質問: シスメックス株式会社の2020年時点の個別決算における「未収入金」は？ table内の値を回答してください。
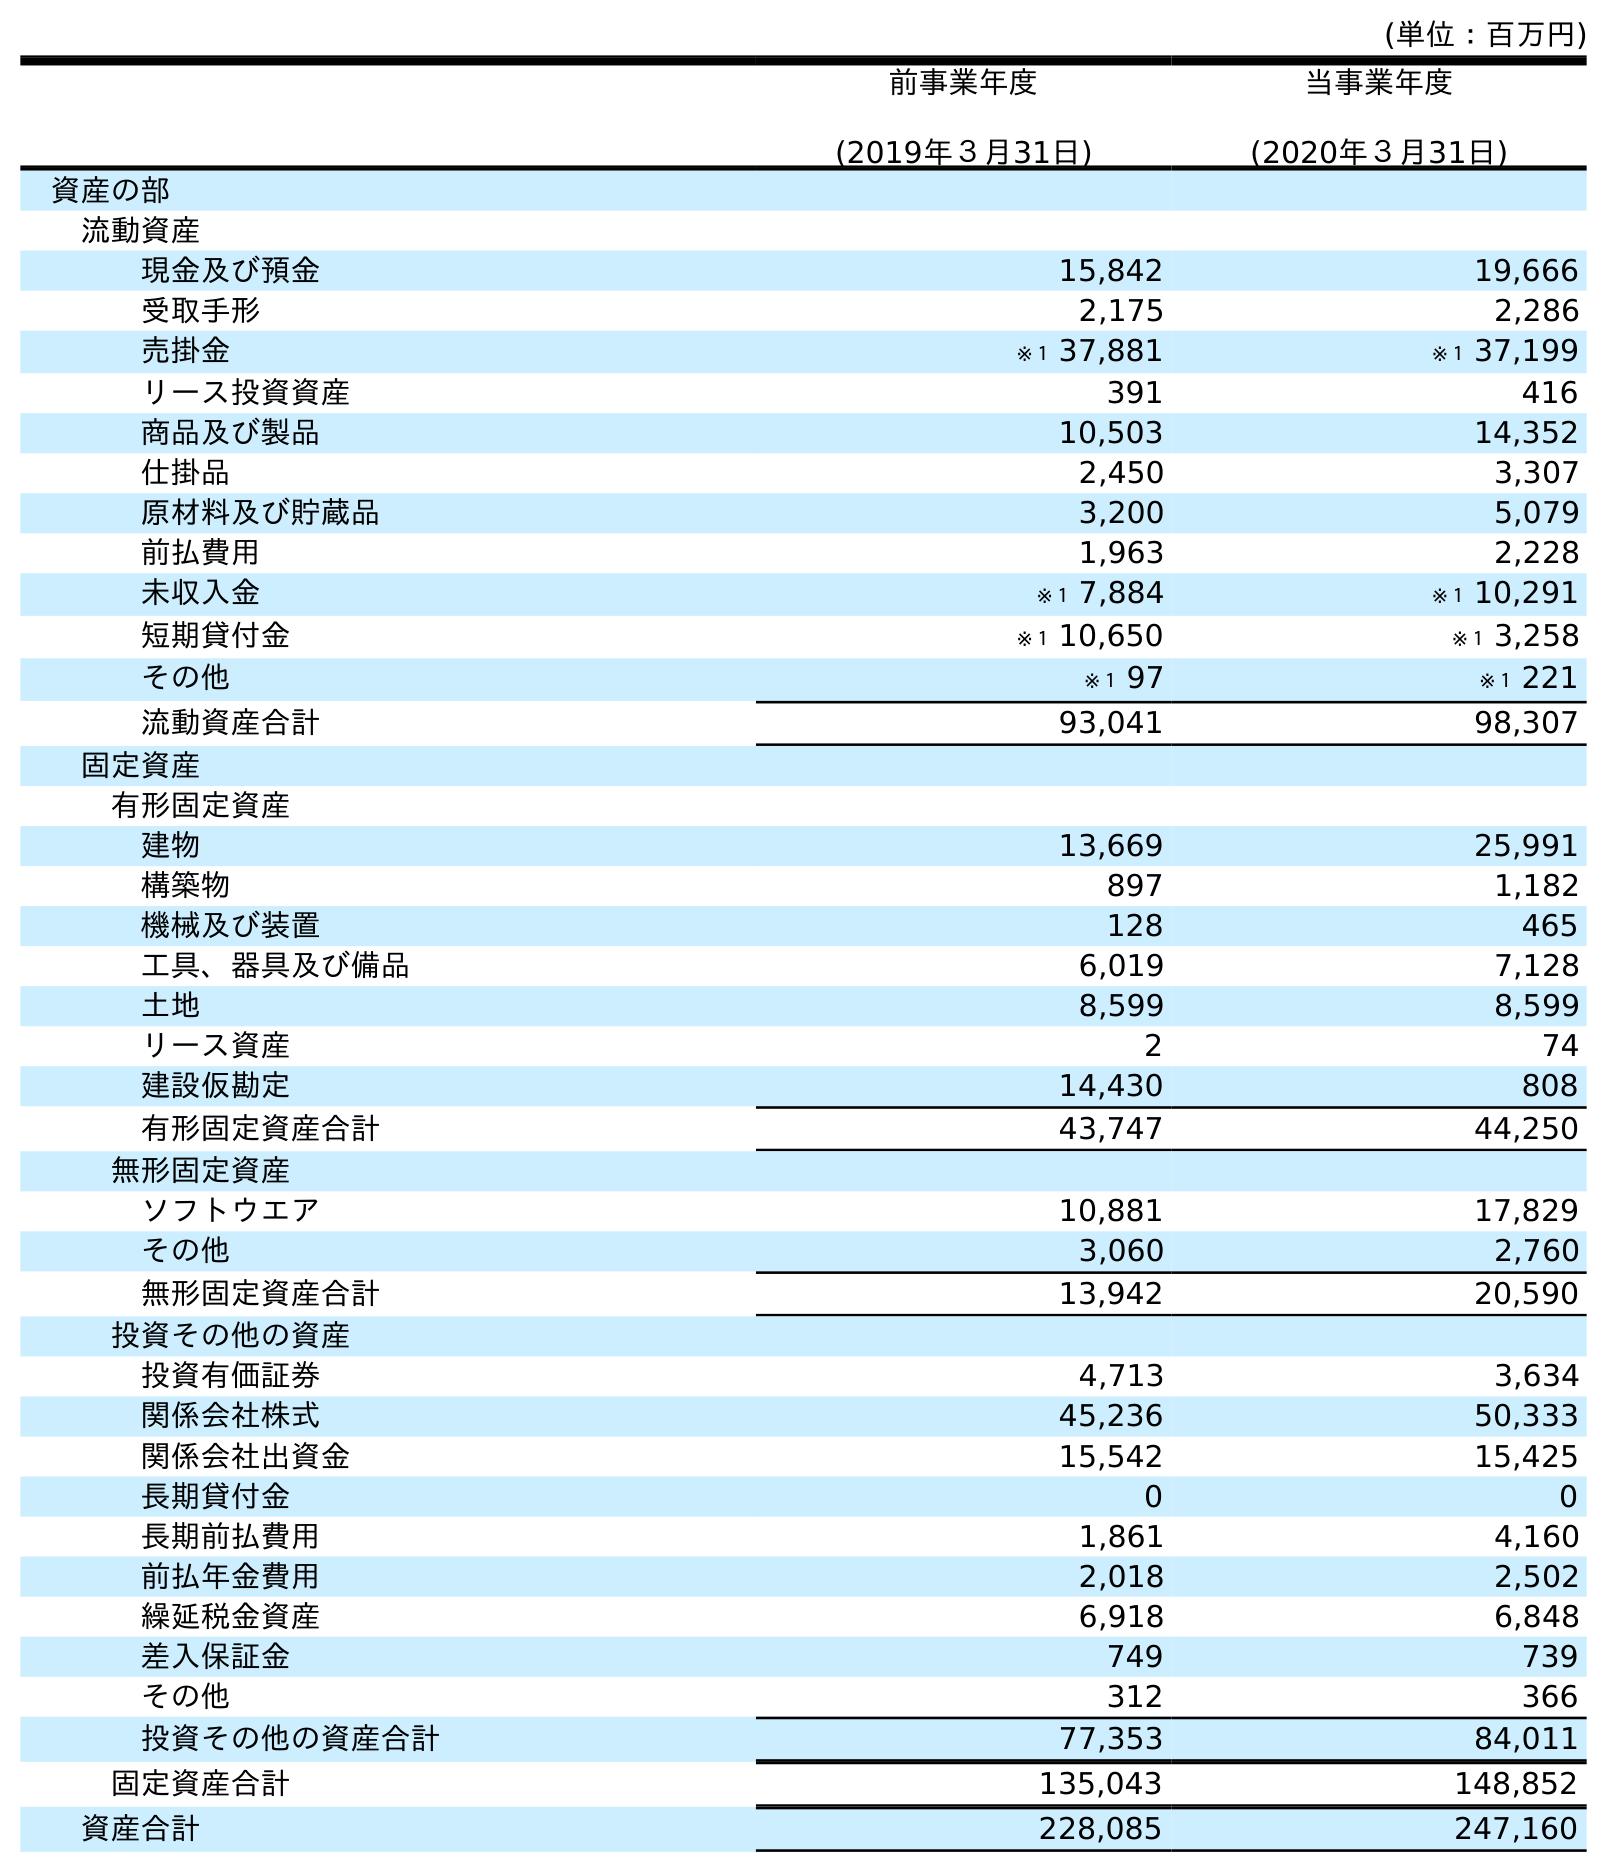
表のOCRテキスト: (単位：百万円) 前事業年度 (2019年３月31日) 当事業年度 (2020年３月31日) 資産の部 流動資産 現金及び預金 15,842 19,666 受取手形 2,175 2,286 売掛金 ※１ 37,881 ※１ 37,199 リース投資資産 391 416 商品及び製品 10,503 14,352 仕掛品 2,450 3,307 原材料及び貯蔵品 3,200 5,079 前払費用 1,963 2,228 未収入金 ※１ 7,884 ※１ 10,291 短期貸付金 ※１ 10,650 ※１ 3,258 その他 ※１ 97 ※１ 221 流動資産合計 93,041 98,307 固定資産 有形固定資産 建物 13,669 25,991 構築物 897 1,182 機械及び装置 128 465 工具、器具及び備品 6,019 7,128 土地 8,599 8,599 リース資産 2 74 建設仮勘定 14,430 808 有形固定資産合計 43,747 44,250 無形固定資産 ソフトウエア 10,881 17,829 その他 3,060 2,760 無形固定資産合計 13,942 20,590 投資その他の資産 投資有価証券 4,713 3,634 関係会社株式 45,236 50,333 関係会社出資金 15,542 15,425 長期貸付金 0 0 長期前払費用 1,861 4,160 前払年金費用 2,018 2,502 繰延税金資産 6,918 6,848 差入保証金 749 739 その他 312 366 投資その他の資産合計 77,353 84,011 固定資産合計 135,043 148,852 資産合計 228,085 247,160
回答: ※１10,291